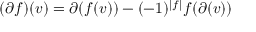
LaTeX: ( \partial f ) ( v ) = \partial ( f ( v ) ) - ( - 1 ) ^ { \left| f \right| } f ( \partial ( v ) )